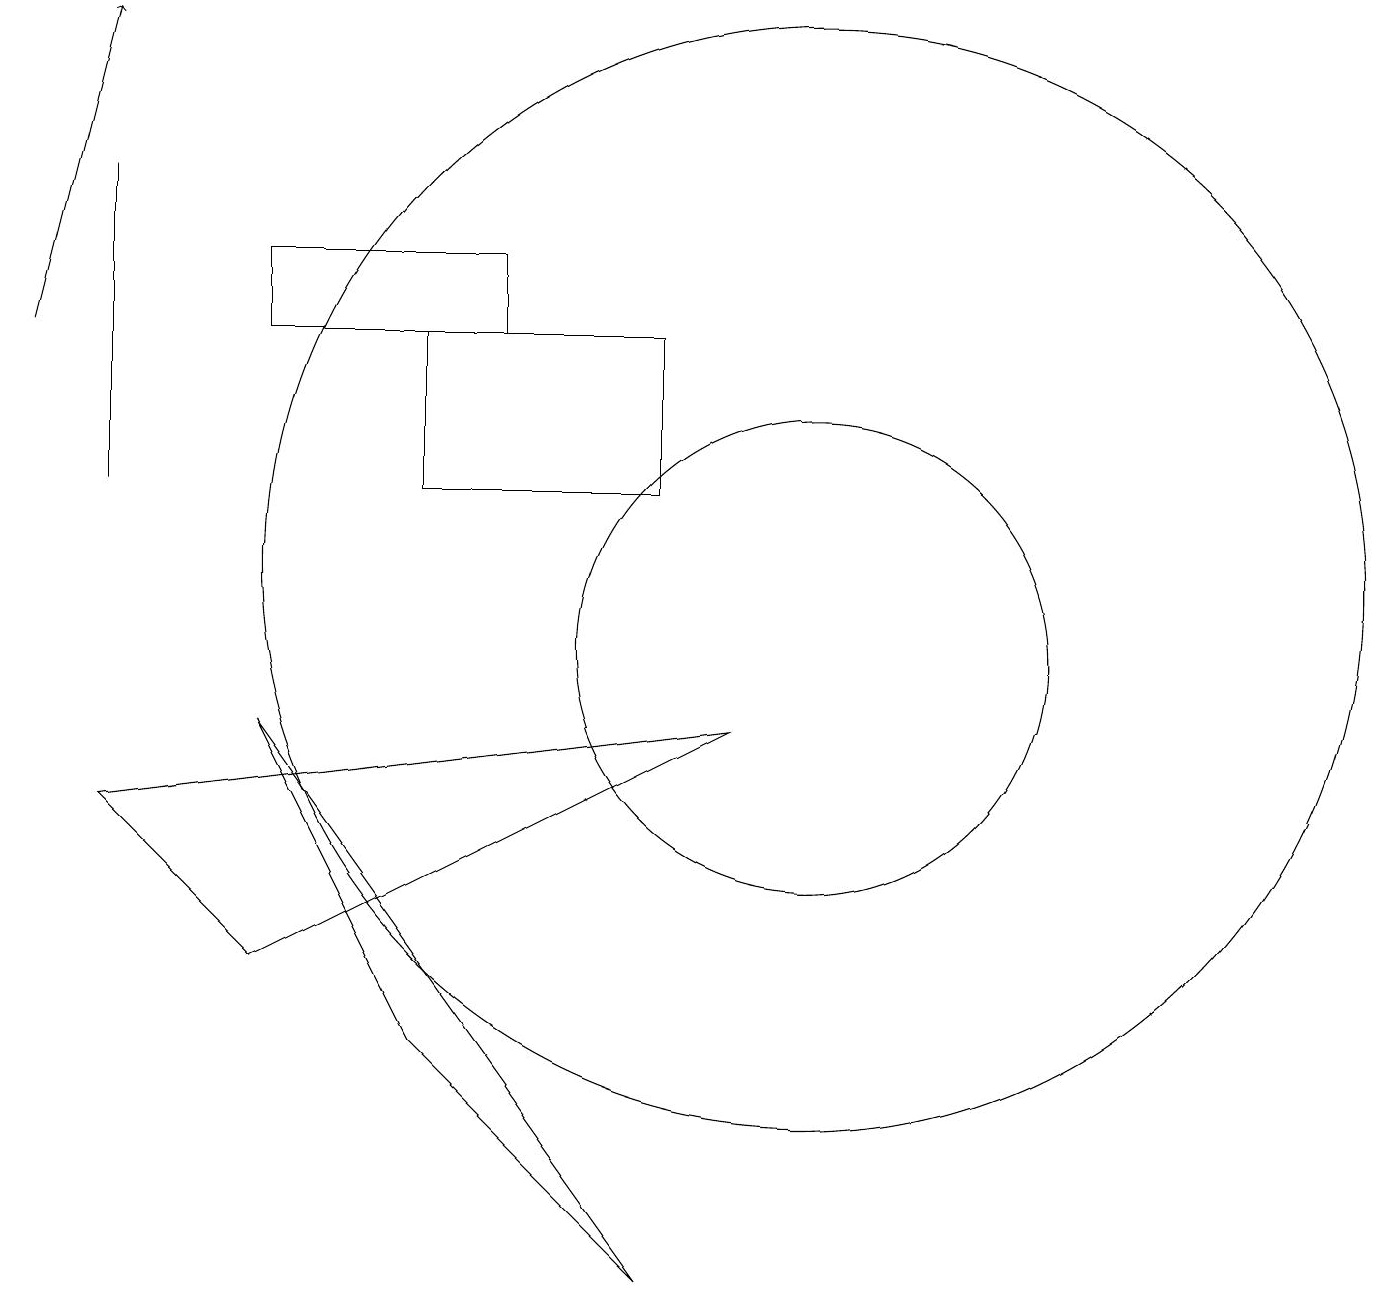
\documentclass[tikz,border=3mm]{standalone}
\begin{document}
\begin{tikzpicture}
\draw (1,16) rectangle (1,12);
\draw (1,8) -- (3,6) -- (9,9) -- cycle;
\draw[->] (0,14) -- (1,18);
\draw (10,11) circle (7);
\draw (5,12) rectangle (8,14);
\draw (10,10) circle (3);
\draw (3,14) rectangle (6,15);
\draw (5,5) -- (3,9) -- (8,2) -- cycle;
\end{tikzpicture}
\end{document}